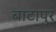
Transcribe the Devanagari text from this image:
बाटापुर